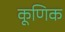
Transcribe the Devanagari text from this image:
कूणिक